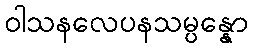
ဝါသနလေပနသမ္ပန္နော